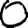
Digit: 0